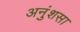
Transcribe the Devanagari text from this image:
अनुंशसा